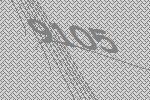
9105